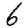
Digit: 6